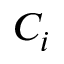
C _ { i }